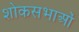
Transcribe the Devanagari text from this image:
शोकसभाओं